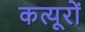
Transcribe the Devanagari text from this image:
कत्यूरों